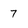
Character: 7